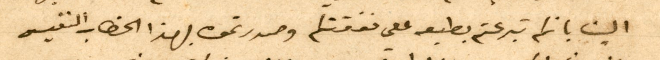
الينا بانكم تبرعتم بطبعه على نفقتكم وصدرتموه بهذا الخطاب النفيس